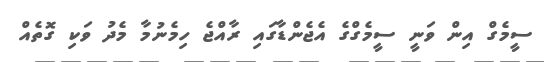
ސީމެގް އިން ވަނީ ސީމެގްގެ އެޖެންޑާގައި ރާއްޖެ ހިމެނުމާ މެދު ވަކި ގޮތެއް